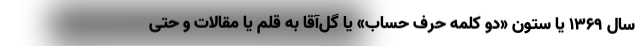
سال 1369 یا ستون «دو کلمه حرف حساب» یا گل‌آقا به قلم یا مقالات و حتی